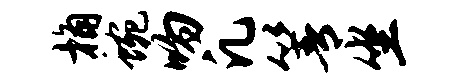
桷蜿吻凡箐坐